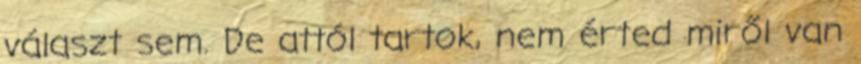
választ sem. De attól tartok, nem érted miről van